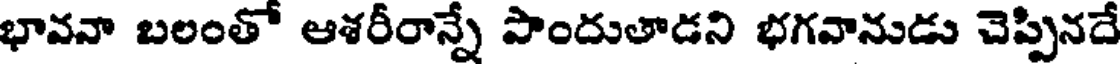
భావనా బలంతో ఆశరీరాన్నే పొందుతాడని భగవానుడు చెప్పినదే